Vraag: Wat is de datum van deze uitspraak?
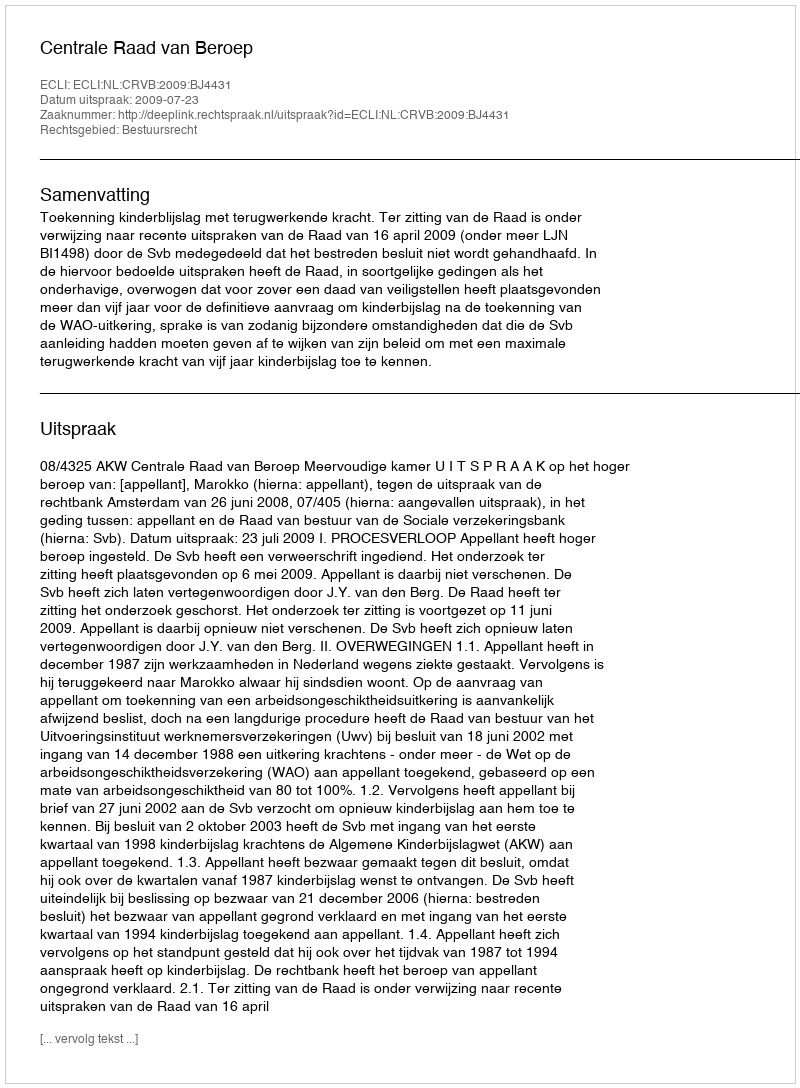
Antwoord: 2009-07-23